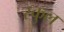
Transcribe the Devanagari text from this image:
स्‍कुल